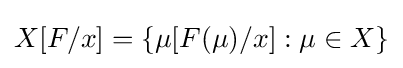
X[F/x]=\{\mu [F(\mu )/x]:\mu \in X\}